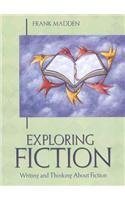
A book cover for Exploring Fiction; Frank Madden; Science Fiction & Fantasy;